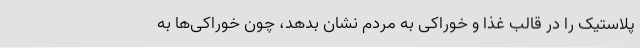
پلاستیک را در قالب غذا و خوراکی به مردم نشان بدهد، چون خوراکی‌ها به